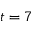
t = 7